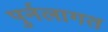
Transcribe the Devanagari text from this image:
पुर्नलागत